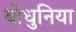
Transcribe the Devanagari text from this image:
बोधुनिया